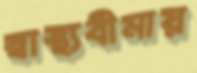
স্বাস্থ্যবীমায়